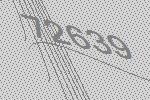
72639